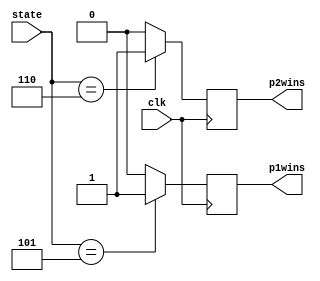
`timescale 1ns / 1ps
//////////////////////////////////////////////////////////////////////////////////
// Company: 
// Engineer: 
// 
// Design Name: 
// Module Name: who_wins
// Project Name: 
// Target Devices: 
// Tool Versions: 
// Description: 
// 
// Dependencies: 
// 
// Revision:
// Revision 0.01 - File Created
// Additional Comments:
// 
//////////////////////////////////////////////////////////////////////////////////


module who_wins(
    input clk,

 
    input [2:0]state,
    output reg p1wins,
    output reg p2wins
    );
    
  initial begin
       
            p1wins <= 0;
            p2wins <= 0;
            end
  always @(posedge clk) begin
            if (state == 6) p2wins <= 1;
            else p2wins = 0;
            
            if (state == 5) p1wins <= 1;
            else p1wins = 0;
        end

endmodule